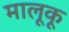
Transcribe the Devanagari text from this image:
मालूकू